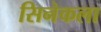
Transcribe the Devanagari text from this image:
सिनेकला